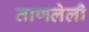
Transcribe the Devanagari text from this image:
ताणलेली